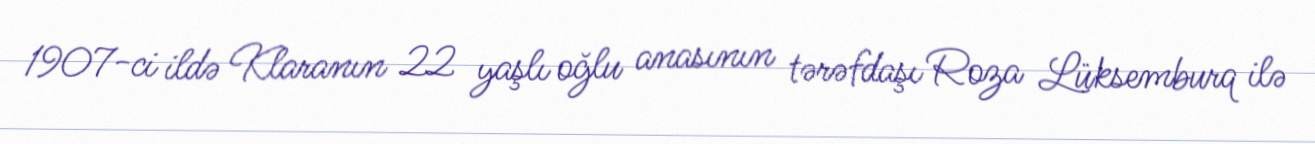
1907-ci ildə Klaranın 22 yaşlı oğlu anasının tərəfdaşı Roza Lüksemburq ilə